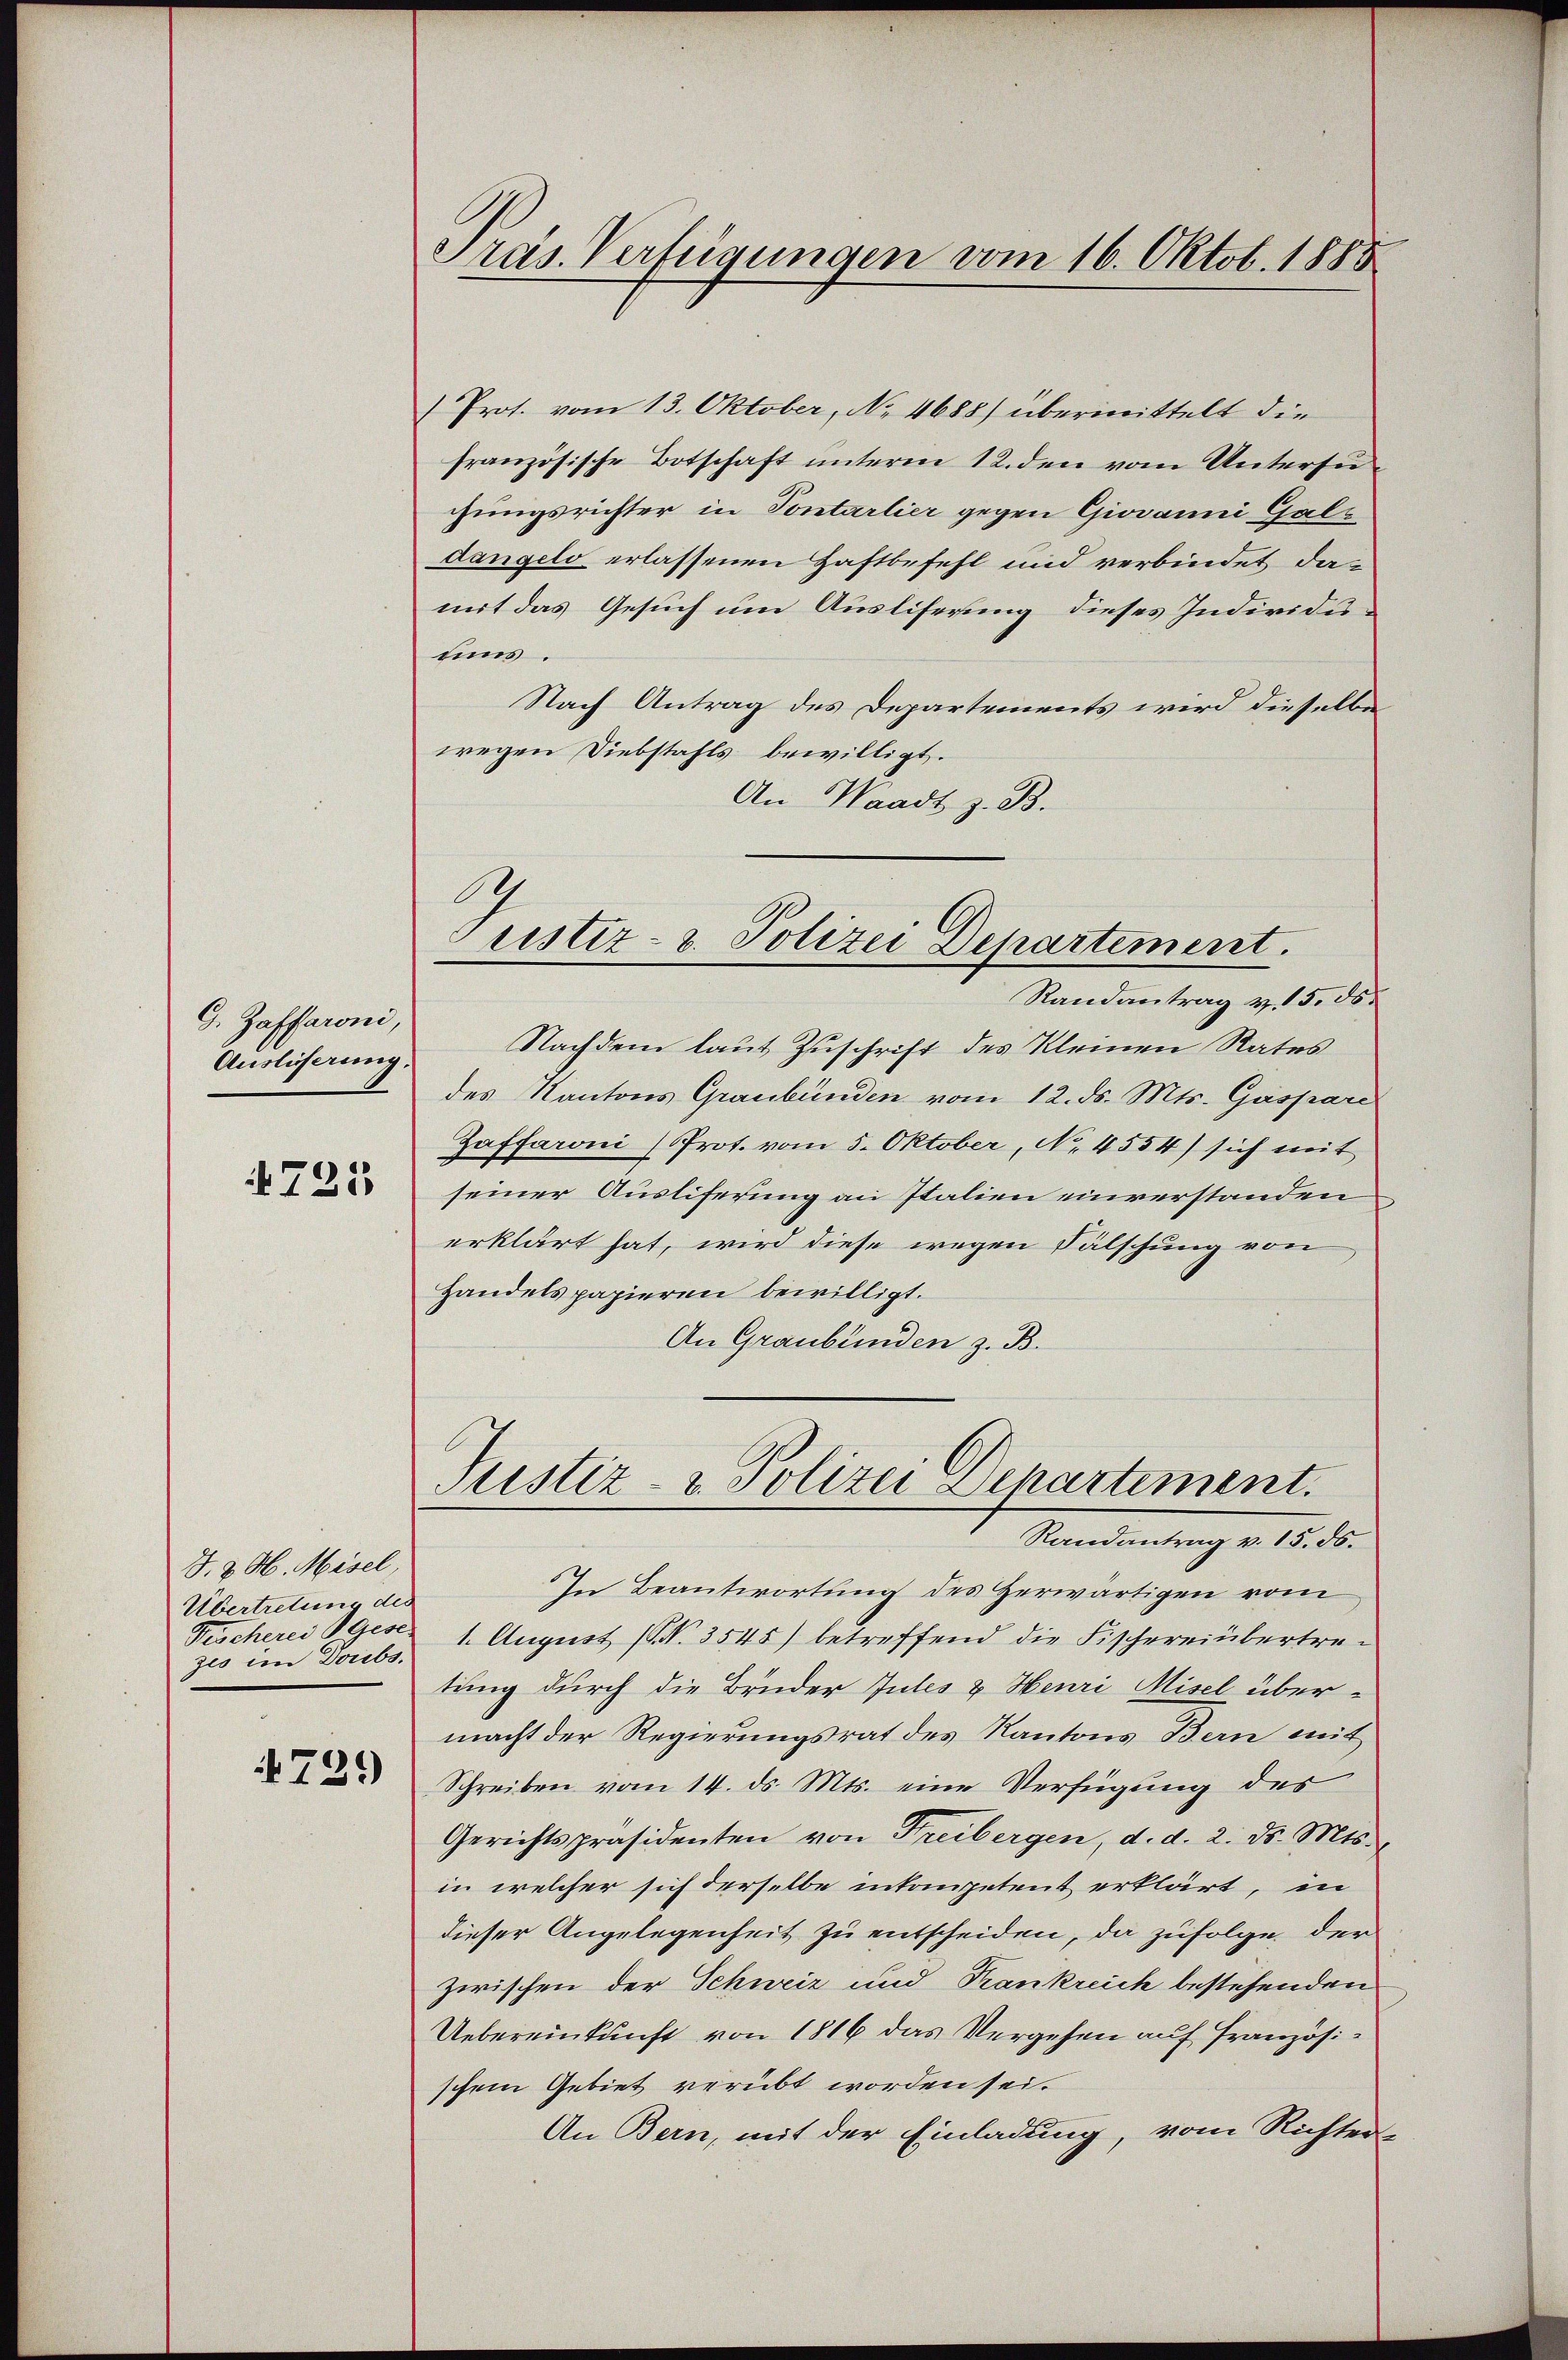
G. Zaffaroni,
Auslieferung.

4725

J. J. H. Misel,
Übertretung des
zes im Doribs.

729)

Präs. Verfügungen vom 16. Oktob. 1885

Prot. vom 13. Oktober, No 4688) übermittelt die
französische Botschaft unterm 12. den vom Untersuchungsrichter in Pontarlier gegen Giovanni Galz
dangels erlassenen Haftbefehl und verbindet damit das Gesuch um Ausliferung dieses Individuuis.
Nach Antrag des Departements wird dieselbe
wegen Diebstahls bewilligt.
An Waadt z. B.

1
Pristiz- & Polizei Departement.

Randantrag v. 5. ds.
Nachdem laut Zuschrift des Kleinen Rates
des Kantons Graubünden vom 12. ds. Mts. Gaspare
Zaffaroni (Prot. vom 5. Oktober, No. 4554) sich mit
seiner Ausliferung an Italien einverstanden
erklärt hat, wird diese wegen Fälschung von
Handels papieren bewilligt.
An Graubünden z. B.

Justiz- & Polizei Departement.
Randantrag v. 15. ds.

In Beantwortung des Herwärtigen vom
Tischerei Gese 1. August (S. 3545) betreffend die Fischereinbertretung durch die Bruder Intes & Henri Misel über-
macht der Regierungsrat des Kantons Bern mit
Schreiben vom 14. ds. Mts. eine Verfügung des
Gerichtspräsidenten von Freibergen, d. d. 2. ds. Mts.
in welcher sich derselbe inkompetent erklärt, in
dieser Angelegenheit zu entscheiden, da zufolge der
zwischen der Schweiz und Krankreich bestehenden
Uebereinkunft von 1816 das Vergehen auf Französischem Gebiet verübt worden sei.
An Bern, mit der Einladung, vom Richter-